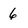
Character: 6